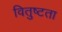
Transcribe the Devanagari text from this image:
वितुष्टता